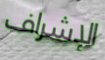
الإشراف